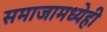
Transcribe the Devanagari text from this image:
समाजामध्येही